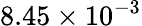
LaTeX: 8.45\times 10^{-3}